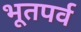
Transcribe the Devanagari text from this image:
भूतपर्व